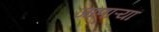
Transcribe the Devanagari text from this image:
जाणाऱ्यां